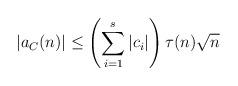
LaTeX: \begin{align*} |a_{C}(n)| \leq \left(\sum_{i=1}^s |c_{i}|\right) \tau(n) \sqrt{n}\end{align*}